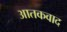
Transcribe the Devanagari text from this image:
आतकवाद